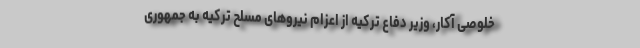
خلوصی آکار، وزیر دفاع ترکیه از اعزام نیروهای مسلح ترکیه به جمهوری